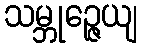
သမ္ဘုဉ္ဇေယျ